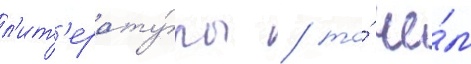
л'ит'ерату́ры / то́ че́м